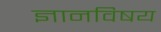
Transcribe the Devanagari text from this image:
ज्ञानविषय